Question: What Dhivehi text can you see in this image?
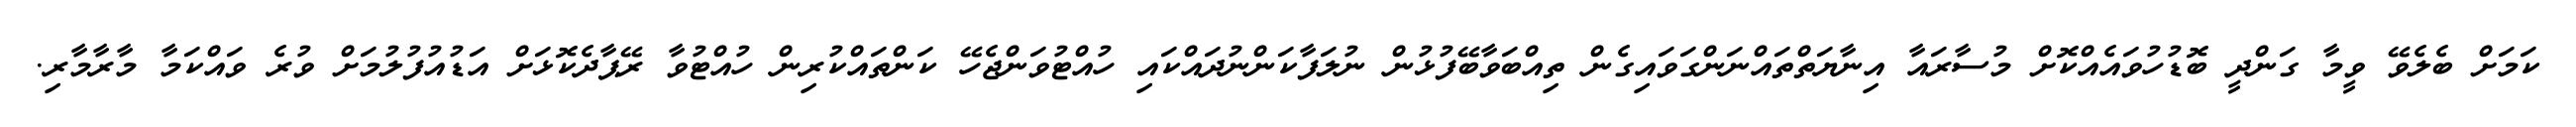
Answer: ކަމަށް ބެލެވޭ ވީމާ ގަންދީ ބޮޑުހުވައެއްކޮށް މުސާރައާ އިނާޔަތްތައްނަންގަވައިގެން ތިއްބަވާބޭފުޅުން ނުލަފާކަންނުދައްކައި ހުއްޓުވަންޖެހޭ ކަންތައްކުރިން ހުއްޓުވާ ރޭޕާދެކޮޅަށް އަޑުއުފުލުމަށް ވުރެ ވައްކަމާ މާރާމާރި.